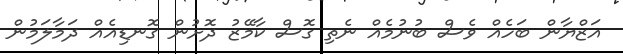
އަޒްޔާން ބަހެއް ވެސް ބުނުމެއް ނެތި ގޮސް ކާމޭޒު ދޮށުން ގޮނޑިއެއް ދަމާލަމުން